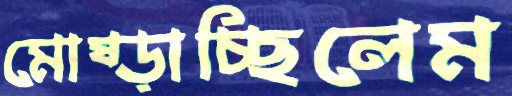
মোষ্‌ড়াচ্ছিলেম